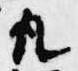
凡